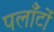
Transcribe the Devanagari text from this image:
पलाँटों